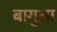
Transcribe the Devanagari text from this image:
बागुआ